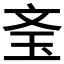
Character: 𰡲